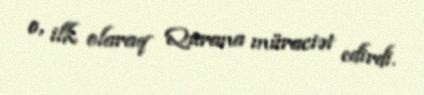
o, ilk olaraq Qurana müraciət edirdi.